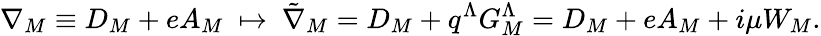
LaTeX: \nabla_{M}\equiv{D}_{M}+eA_{M}\ \mapsto\ {\tilde{\nabla}}_{M}={D}_{M}+q^{\Lambda}G_{M}^{\Lambda}={D}_{M}+eA_{M}+i\mu W_{M}.